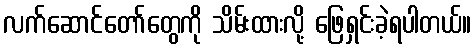
လက်ဆောင်တော်တွေကို သိမ်းထားလို့ ဖြေရှင်းခဲ့ရပါတယ်။